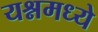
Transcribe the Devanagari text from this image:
यश्नमध्ये